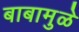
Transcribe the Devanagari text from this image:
बाबामुळे